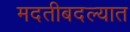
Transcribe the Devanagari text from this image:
मदतीबदल्यात